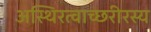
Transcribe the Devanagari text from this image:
अस्थिरत्वाच्छरीरस्य